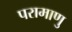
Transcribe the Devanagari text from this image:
परामाणु